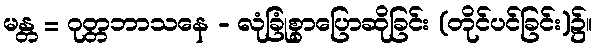
မန္တ = ဂုတ္တဘာသနေ - လုံခြုံစွာပြောဆိုခြင်း (တိုင်ပင်ခြင်း)၌။